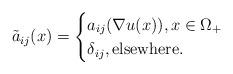
LaTeX: \begin{align*}\tilde a_{ij}(x)=\begin{cases}a_{ij}(\nabla u(x)),x\in\Omega_+\\\delta_{ij},\mbox{elsewhere}. \end{cases}\end{align*}